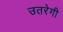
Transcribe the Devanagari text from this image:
उतरेगी